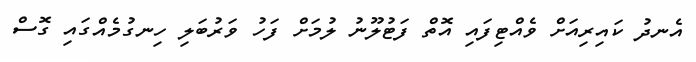
އެނދު ކައިރިއަށް ވެއްޓިފައި އޮތް ފަޓުލޫނު ލުމަށް ފަހު ވަރުބަލި ހިނގުމެއްގައި ގޮސް